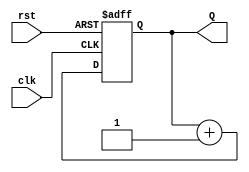
module binary_up_counter (
    input wire clk,      // Clock input
    input wire rst,      // Asynchronous reset input
    output reg [2:0] Q   // 3-bit output for the count
);

// Always block triggered on the rising edge of the clock or when reset is asserted
always @(posedge clk or posedge rst) begin
    if (rst) begin
        Q <= 3'b000; // Reset the counter to 0
    end else begin
        Q <= Q + 1;  // Increment the counter
    end
end

endmodule